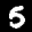
Digit: 5